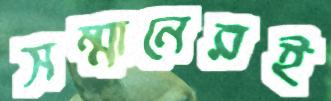
সম্মানেরই